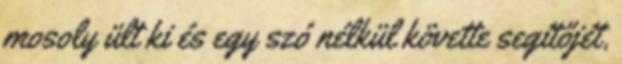
mosoly ült ki és egy szó nélkül követte segítőjét.